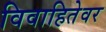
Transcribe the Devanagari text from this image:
विवाहितेवर